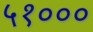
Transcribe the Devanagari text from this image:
५१०००